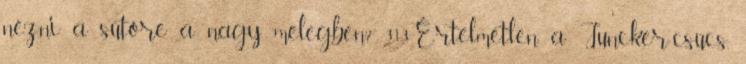
nézni a sütőre a nagy melegben? 313Értelmetlen a Juncker-csúcs,